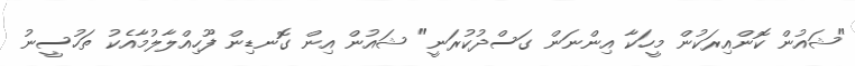
"ޝައުން ކޮންއިރަކުން މީހަކާ އިންނަން ގަސްދުކުރަނީ" ޝައުން އިން ގޮނޑިން ފޫހިއްލާލުމާއެކު ތަހުސީނު